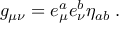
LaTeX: g _ { \mu \nu } = e _ { \mu } ^ { a } e _ { \nu } ^ { b } \eta _ { a b } \; .